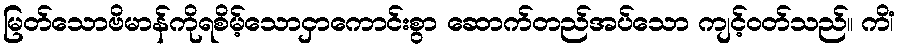
မြတ်သောဗိမာန်ကိုရစိမ့်သောငှာကောင်းစွာ ဆောက်တည်အပ်သော ကျင့်ဝတ်သည်။ ကိံ၊